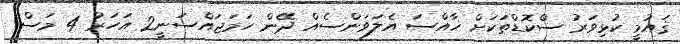
ޤައުމީ ކުޅިވަރު ސްކޮޑްތަކަށް ޚާއްސަ އެލަވަންސެއް ދޭން ހަމަޖައްސަނީ2 އަހަރު 4 މަސް